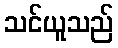
သင်ယူသည်